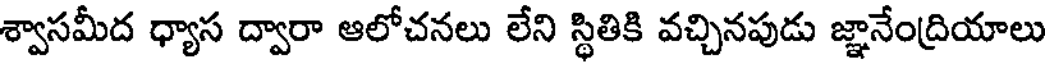
శ్వాసమీద ధ్యాస ద్వారా ఆలోచనలు లేని స్థితికి వచ్చినపుడు జ్ఞానేంద్రియాలు